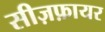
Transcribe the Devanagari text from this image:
सीज़फ़ायर